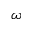
\omega